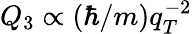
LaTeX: Q_{3}\propto(\hbar/m)q_{T}^{-2}